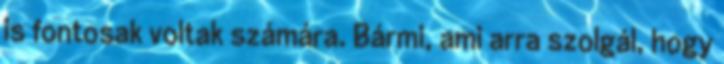
is fontosak voltak számára. Bármi, ami arra szolgál, hogy